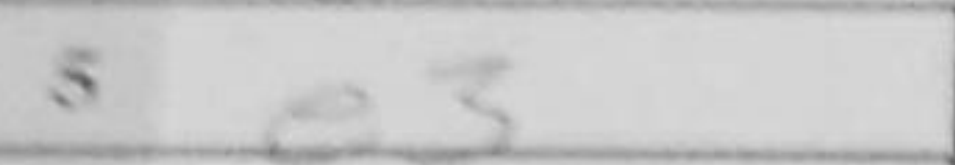
Transcription: e3